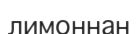
лимоннан